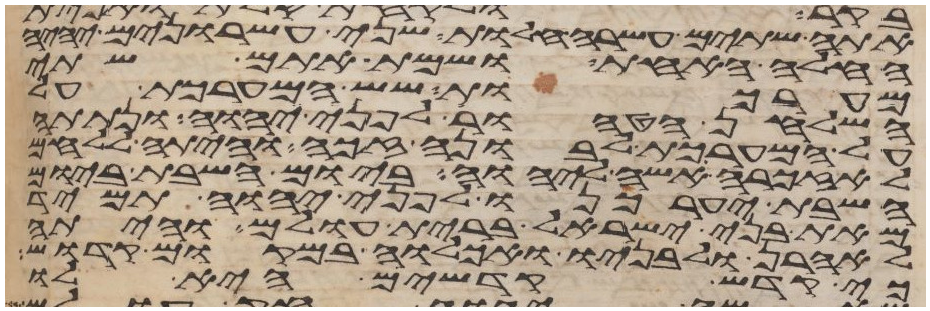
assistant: אתה שתים עשרה חלות שני עשרנים יהיה
החלה האחת ושמת אתם שתי
מערכות שש המערכת על
השלחן הטהור לפני יהוה ונתתה
על המערכת לבונה זכה והיתה ללחם
לאזכרה אשה ליהוה ביום השבת ביום
השבת יערכנו לפני יהוה תמיד
מאת בני ישראל ברית עולם והיתה
לאהרן ולבניו ואכלוה במקום קדוש
כי קדש קדשים היא לו